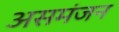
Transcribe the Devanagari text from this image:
असमंजन